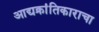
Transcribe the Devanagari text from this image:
आद्यक्रांतिकाराचा